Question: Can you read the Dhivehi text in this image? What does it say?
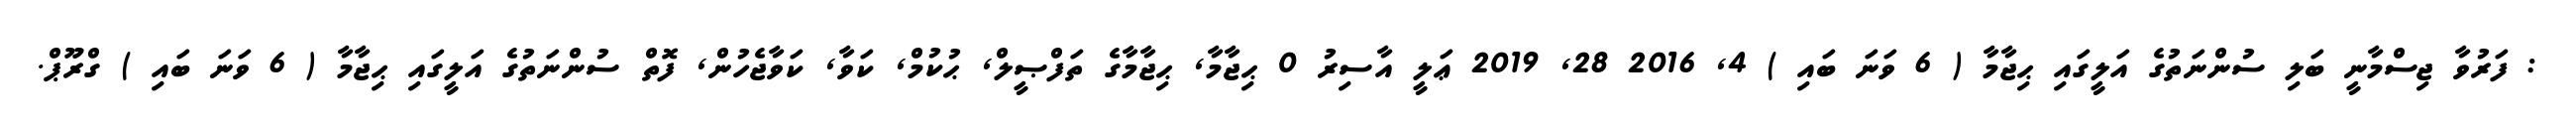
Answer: : ފަރުވާ ޖިސްމާނީ ބަލި ސުންނަތުގެ އަލީގައި ޙިޖާމާ ( 6 ވަނަ ބައި ) 4, 2016 28, 2019 ޢަލީ އާސިރު 0 ޙިޖާމާ, ޙިޖާމާގެ ތަފްޞީލް, ޙުކުމް, ކަވާ, ކަވާޖެހުން, ފޮތް ސުންނަތުގެ އަލީގައި ޙިޖާމާ ( 6 ވަނަ ބައި ) ގްރޫޕް.